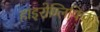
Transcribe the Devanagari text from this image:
हाइरोग्लिफिक